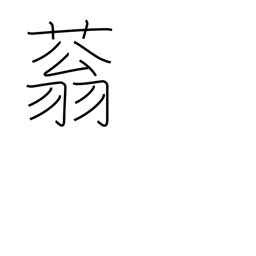
Meaning: vigorous growth